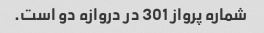
شماره پرواز 301 در دروازه دو است.